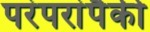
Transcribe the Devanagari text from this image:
परंपरांपैकी